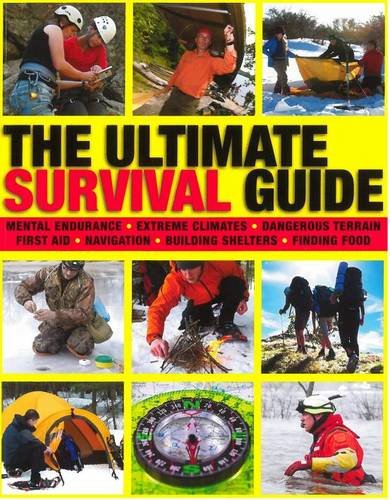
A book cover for The Ultimate Survival Guide; Chris McNab; Sports & Outdoors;